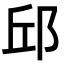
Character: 邱